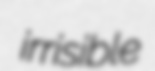
irrisible